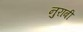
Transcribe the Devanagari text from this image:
नुराबी